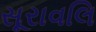
સૂરાવલિ